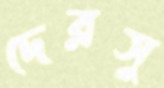
দেরসু